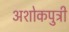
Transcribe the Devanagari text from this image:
अशोकपुत्री